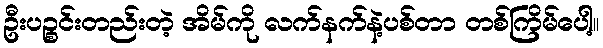
ဦးပဉ္စင်းတည်းတဲ့ အိမ်ကို လက်နက်နဲ့ပစ်တာ တစ်ကြိမ်ပေါ့။